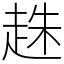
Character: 趎